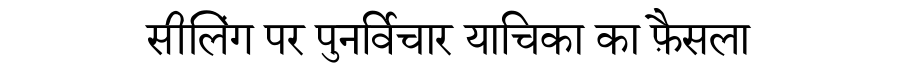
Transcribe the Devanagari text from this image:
सीलिंग पर पुनर्विचार याचिका का फ़ैसला